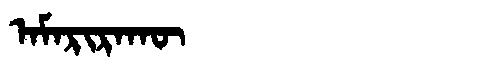
Manchu: ᠠᠮᠠᡵᡳᡵᠠᡴᡡ
Romanization: AMARIRAKŪ